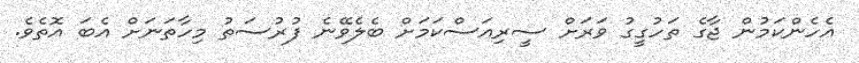
އެހެންކަމުން ޖާގެ ތަހުގީގު ވަރަށް ސީރިއަސްކަމަށް ބެލެވޭނެ ފުރުސަތު މިހާތަނަށް އެބަ އޮތެވެ.